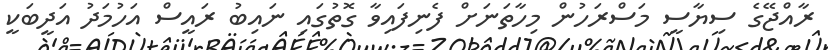
ރާއްޖޭގެ ސިޔާސީ މަސްރަހުން މިހާތަނަށް ފެނިފައިވާ ގޮތުގައި ނައިބު ރައީސް އަހުމަދު އަދީބަކީ